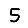
Digit: 5